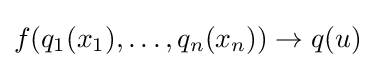
f(q_{1}(x_{1}),\dots ,q_{n}(x_{n}))\to q(u)